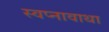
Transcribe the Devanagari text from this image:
स्वप्नावाथा